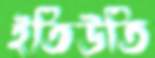
ইতিউতি